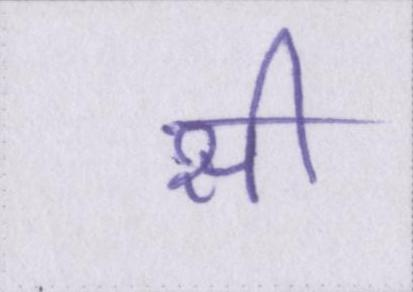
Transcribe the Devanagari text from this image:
सी